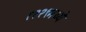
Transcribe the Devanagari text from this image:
१२२९मध्ये